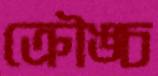
ক্রৌঙ্চ